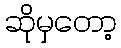
ဆိုမှတော့